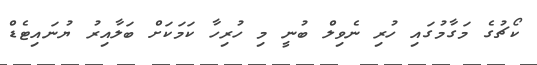
ކޯޗުގެ މަގާމުގައި ހުރި ނެވިލް ބުނީ މި ހުރިހާ ކަމަކަށް ބަލާއިރު ޔުނައިޓެޑް